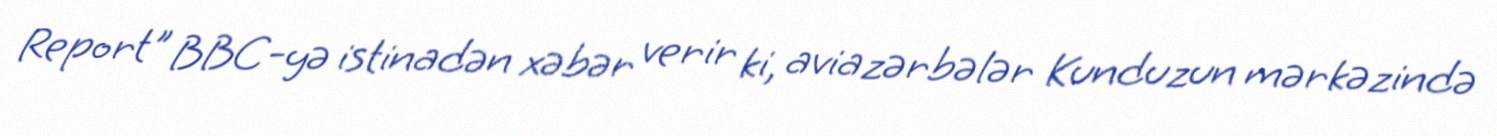
Report" BBC-yə istinadən xəbər verir ki, aviazərbələr Kunduzun mərkəzində